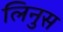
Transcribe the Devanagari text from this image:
लिनुस